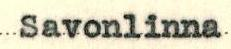
Savonlinna